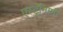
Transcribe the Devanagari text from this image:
एस्‍ट्रॉनामी